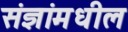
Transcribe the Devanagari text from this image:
संज्ञांमधील